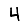
Digit: 4